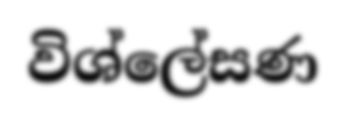
විශ්ලේසණ